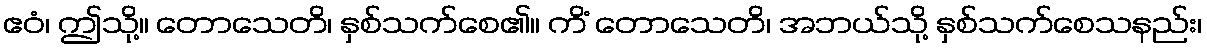
ဧဝံ၊ ဤသို့။ တောသေတိ၊ နှစ်သက်စေ၏။ ကိံ တောသေတိ၊ အဘယ်သို့ နှစ်သက်စေသနည်း၊